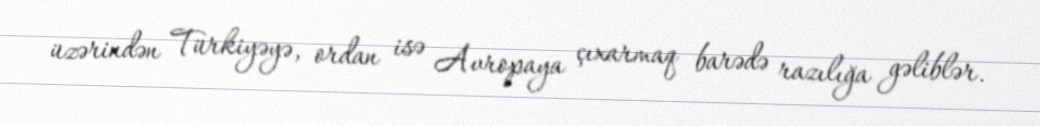
üzərindən Türkiyəyə, ordan isə Avropaya çıxarmaq barədə razılığa gəliblər.